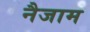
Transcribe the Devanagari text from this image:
नैजाम